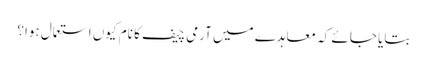
بتایا جائے کہ معاہدے میں آرمی چیف کا نام کیوں استعمال ہوا؟